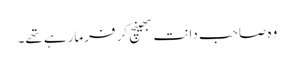
وہ صاحب دانت بھینچ کر فرمارہے تھے۔